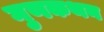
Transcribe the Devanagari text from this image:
गुणकथन